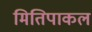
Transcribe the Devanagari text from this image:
मितिपाकल